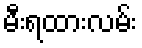
မီးရထားလမ်း